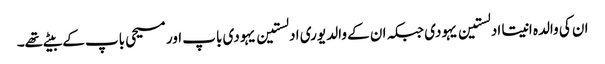
ان کی والدہ انیتا ادلستین یہودی جبکہ ان کے والد یوری ادلستین یہودی باپ اور مسیحی باپ کے بیٹے تھے۔